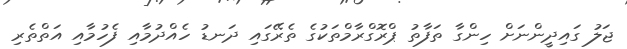
ޖަލު ގައިދީންނަށް ހިންގާ ތަފާތު ޕްރޮގްރާމްތަކުގެ ތެރޭގައި ދަނޑު ހެއްދުމާއި ފެހުމާއި އަތްތެރި